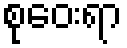
စုဝေးရာ